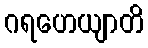
ဂရဟေယျာတိ